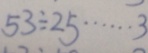
5 3 \div 2 5 \cdots 3